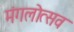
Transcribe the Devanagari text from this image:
मंगलोत्सव